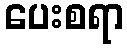
ပေးစရာ